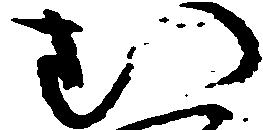
む